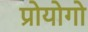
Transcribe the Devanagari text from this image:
प्रोयोगो